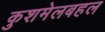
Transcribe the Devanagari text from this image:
कुशमेलबहल